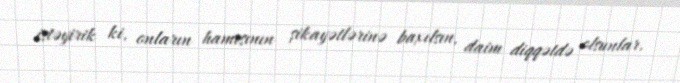
istəyirik ki, onların hamısının şikayətlərinə baxılsın, daim diqqətdə olsunlar.